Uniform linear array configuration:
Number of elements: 16
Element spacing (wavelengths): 0.75
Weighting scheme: cosine
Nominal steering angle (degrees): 0
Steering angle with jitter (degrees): -1.852
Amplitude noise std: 0.05
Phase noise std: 0.05

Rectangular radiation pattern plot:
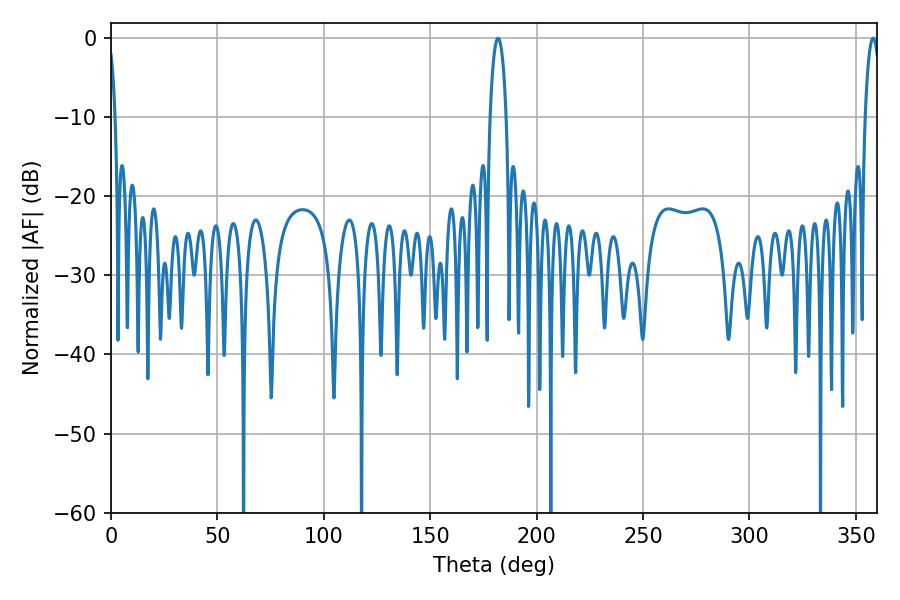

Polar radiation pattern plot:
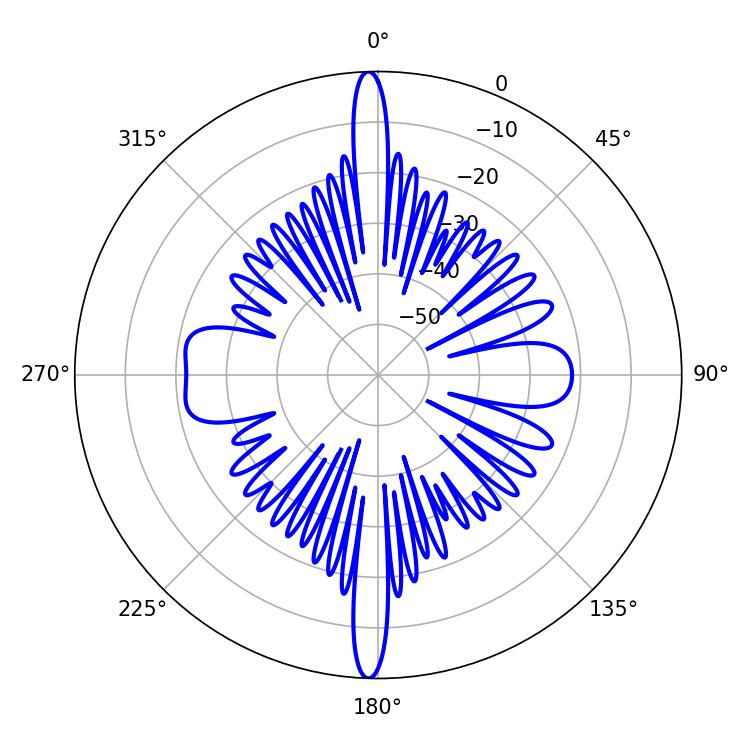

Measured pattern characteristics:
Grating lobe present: TRUE
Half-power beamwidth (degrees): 4.32
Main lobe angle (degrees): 181.8